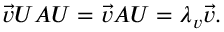
\begin{array} { r } { \vec { v } U A U = \vec { v } A U = \lambda _ { v } \vec { v } . } \end{array}